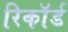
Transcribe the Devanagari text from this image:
रिकाॅर्ड